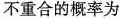
不重合的概率为